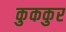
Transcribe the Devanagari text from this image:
कुककुर